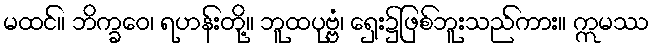
မထင်။ ဘိက္ခဝေ၊ ရဟန်းတို့။ ဘူထပုဗ္ဗံ၊ ရှေး၌ဖြစ်ဘူးသည်ကား။ ဣမဿ